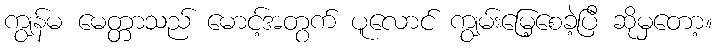
ကျွန်မ မေတ္တာသည် မောင့်အတွက် ပူလောင် ကျွမ်းမြေ့စေခဲ့ပြီ ဆိုမှတော့။